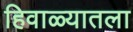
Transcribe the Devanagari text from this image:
हिवाळ्यातला